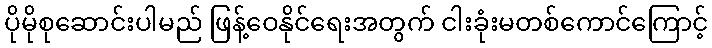
ပိုမိုစုဆောင်းပါမည် ဖြန့်ဝေနိုင်ရေးအတွက် ငါးခုံးမတစ်ကောင်ကြောင့်